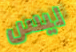
ليس